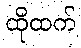
ထိုထက်